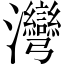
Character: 灣